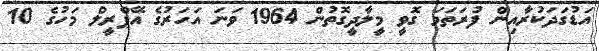
އަޑުގަދަކުރާއިން ފުރަތަމަ ގޮވީ މީލާދީގޮތުން 1964 ވަނަ އަހަރުގެ އޭޕްރީލް މަހުގެ 10